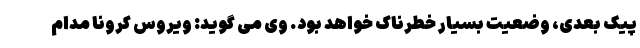
پیک بعدی، وضعیت بسیار خطرناک خواهد بود. وی می گوید: ویروس کرونا مدام